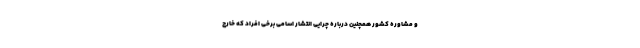
و مشاوره کشور همچنین درباره چرایی انتشار اسامی برخی افراد که خارج